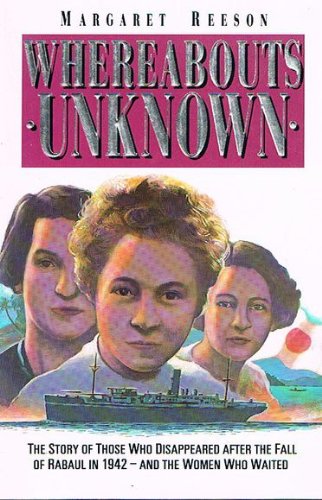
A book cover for Whereabouts Unknown; Margeret Reeson; History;